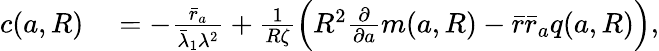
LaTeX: \begin{array}{rl}{c({a},R)}&{{}=-\frac{\bar{r}_{a}}{\bar{\lambda}_{1}\lambda^{2}}+\frac{1}{R\zeta}\Big(R^{2}\frac{\partial}{\partial{a}}m({a},R)-\bar{r}\bar{r}_{a}q({a},R)\Big),}\end{array}